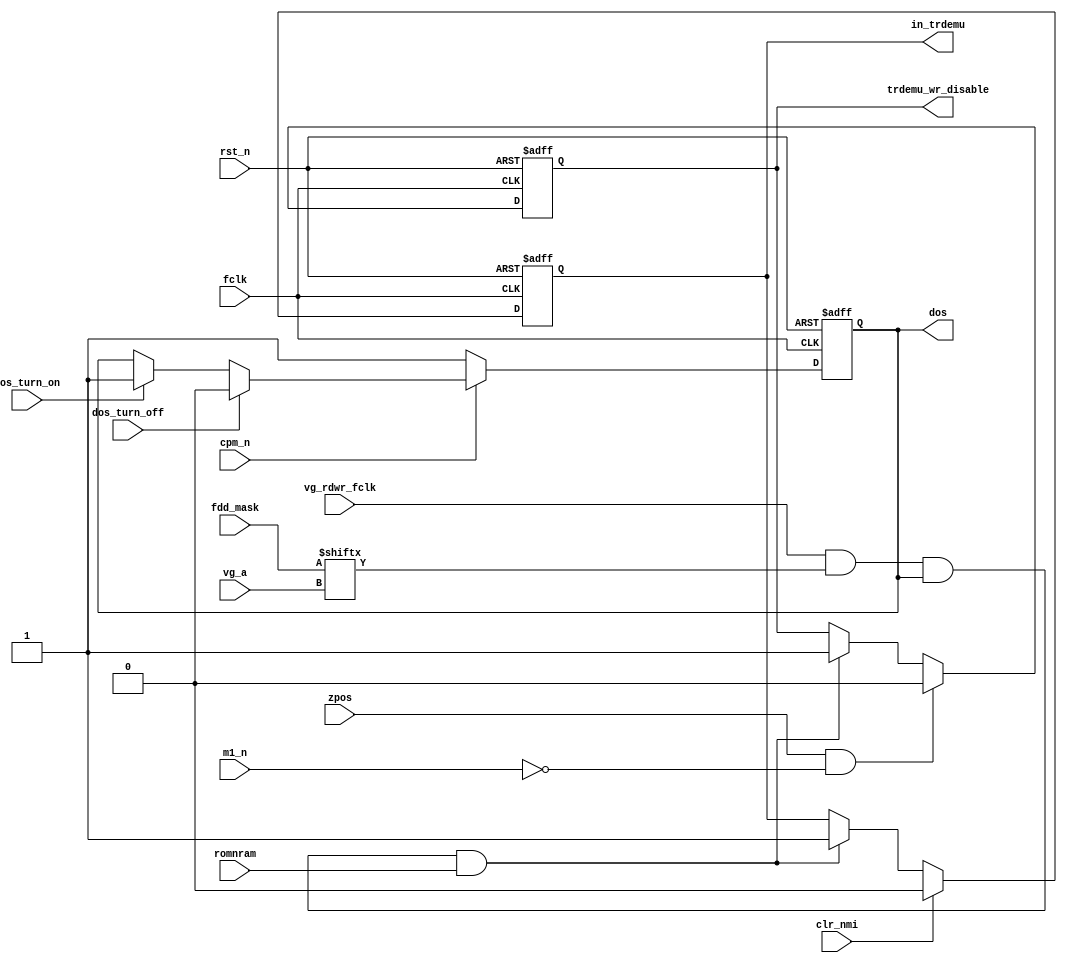
module zdos(

	input  wire        fclk,
	input  wire        rst_n,


	input  wire        dos_turn_on,
	input  wire        dos_turn_off,

	input  wire        cpm_n,


	output reg         dos,


	// for clearing trdemu_wr_disable
	input  wire        zpos,
	input  wire        m1_n,


	// control of page #FE for emulation
	output reg         in_trdemu,

	input  wire        clr_nmi, // out (#BE),a
	input  wire        vg_rdwr_fclk,
	input  wire [ 3:0] fdd_mask,
	input  wire [ 1:0] vg_a,
	input  wire        romnram,

	output reg         trdemu_wr_disable
);

	wire trdemu_on = vg_rdwr_fclk && fdd_mask[vg_a] && dos && romnram;


	// control of 'DOS' signal
	always @(posedge fclk, negedge rst_n)
	if( !rst_n )
	begin
		dos = 1'b1;
	end
	else // posedge fclk
	begin
		if( !cpm_n )
			dos <= 1'b1;
		else if( dos_turn_off )
			dos <= 1'b0;
		else if( dos_turn_on )
			dos <= 1'b1;
	end


	// vg emulator RAM turn on/off
	always @(posedge fclk, negedge rst_n)
	if( !rst_n )
		in_trdemu <= 1'b0;
	else if( clr_nmi )
		in_trdemu <= 1'b0;
	else if( trdemu_on )
		in_trdemu <= 1'b1;


	// wr disable for trdemu RAM page
	always @(posedge fclk, negedge rst_n)
	if( !rst_n )
		trdemu_wr_disable <= 1'b0;
	else if( zpos && !m1_n )
		trdemu_wr_disable <= 1'b0;
	else if( trdemu_on )
		trdemu_wr_disable <= 1'b1;


endmodule